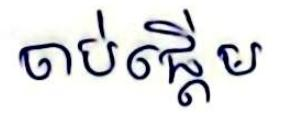
ចាប់ផ្ដើម